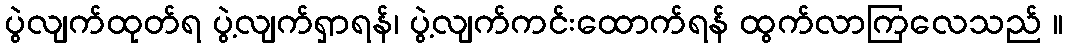
ပွဲလျက်ထုတ်ရ ပွဲ့လျက်ရှာရန်၊ ပွဲ့လျက်ကင်းထောက်ရန် ထွက်လာကြလေသည် ။